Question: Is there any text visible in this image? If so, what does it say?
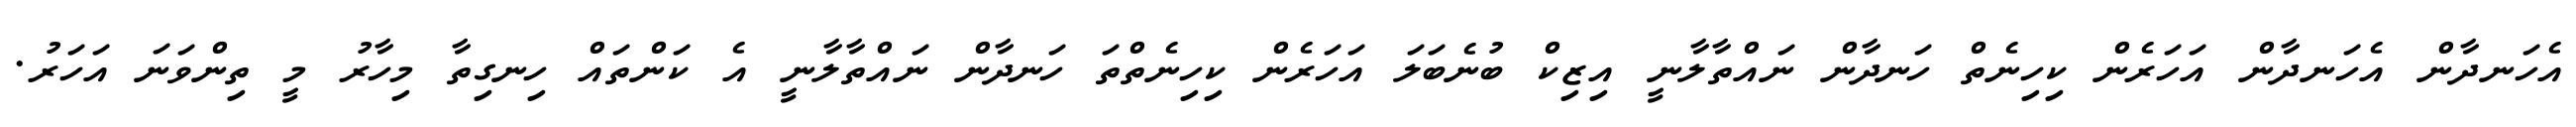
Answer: އެހަނދާން އެހަނދާން އަހަރެން ކިހިނެތް ހަނދާން ނައްތާލާނީ އިޒިކް ބުނެބަލަ އަހަރެން ކިހިނެތްތަ ހަނދާން ނައްތާލާނީ އެ ކަންތައް ހިނގިތާ މިހާރު މީ ތިންވަނަ އަހަރު.